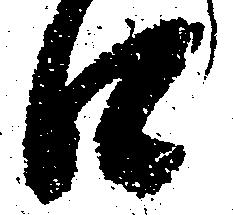
口